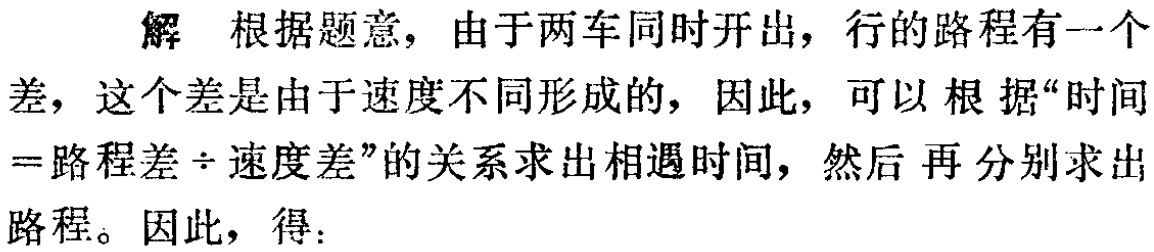
解 根据题意，由于两车同时开出，行的路程有一个差，这个差是由于速度不同形成的，因此，可以根据“时间 =路程差÷速度差”的关系求出相遇时间，然后 再分别求出路程。因此，得：